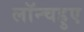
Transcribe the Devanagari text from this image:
लॉन्चहुए